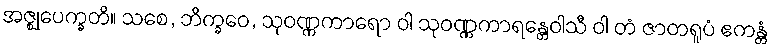
အဇ္ဈုပေက္ခတိ။ သစေ, ဘိက္ခဝေ, သုဝဏ္ဏကာရော ဝါ သုဝဏ္ဏကာရန္တေဝါသီ ဝါ တံ ဇာတရူပံ ဧကန္တံ